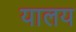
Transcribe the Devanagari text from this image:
यालय